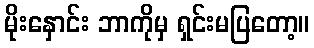
မိုးနှောင်း ဘာကိုမှ ရှင်းမပြတော့။